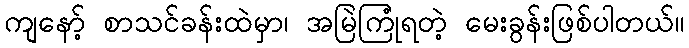
ကျနော့် စာသင်ခန်းထဲမှာ၊ အမြဲကြုံရတဲ့ မေးခွန်းဖြစ်ပါတယ်။